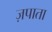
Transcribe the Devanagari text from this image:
ज़पाता